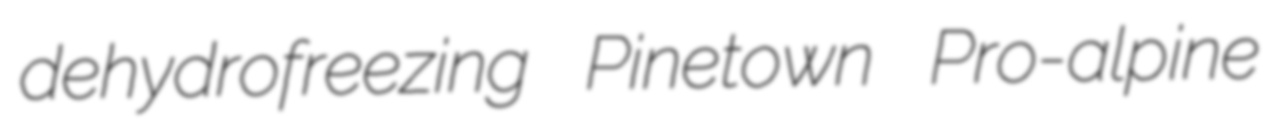
dehydrofreezing Pinetown Pro-alpine